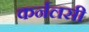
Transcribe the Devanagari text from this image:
कर्नलसी